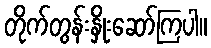
တိုက်တွန်းနှိုးဆော်ကြပါ။